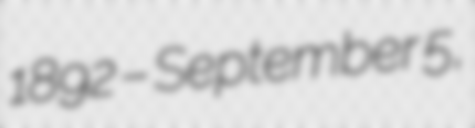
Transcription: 1892 – September 5,